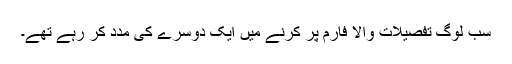
سب لوگ تفصیلات والا فارم پُر کرنے میں ایک دوسرے کی مدد کر رہے تھے۔